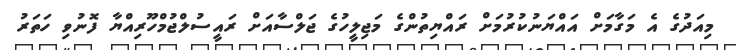
މިއަދުގެ އެ މަގާމަށް އައްޔަނުކުރުމަށް ރައްޔިތުންގެ މަޖިލީހުގެ ޖަލްސާއަށް ރައީސުލްޖުމްހޫރިއްޔާ ފޮނުވި ހަތަރު